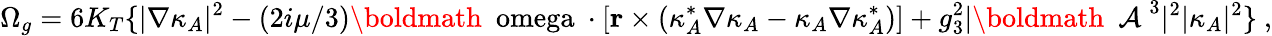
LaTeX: \Omega_{g}=6K_{T}\{ |\nabla\kappa_{A}|^{2}-(2i\mu/3)\mathrm{\boldmath~\ omega~}\cdot[{\mathbf r}\times(\kappa_{A}^{*}\nabla\kappa_{A}-\kappa_{A}\nabla\kappa_{A}^{*})]+g_{3}^{2}|\mathrm{\boldmath~{\cal~A}~}^{3}|^{2}|\kappa_{A}|^{2}\} \ ,